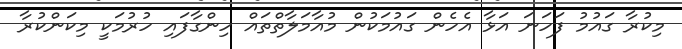
މިކުރާ ގައުމު ފަހަނަ އަޅާ އެހެން ގައުމަކުން މުއާމަލާތްތައް ހިންގާފައި ހުރުމަކީ މިކަންކުރާ